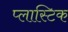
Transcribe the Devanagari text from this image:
प्‍लास्‍टिक